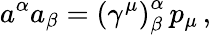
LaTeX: a^{\alpha}a_{\beta}=\left(\gamma^{\mu}\right)_{\beta}^{\alpha}\, p_{\mu}\, ,